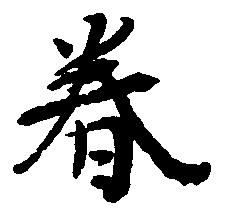
春